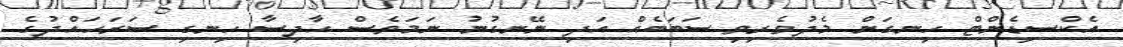
އެކްސިޑެންޓް ހިނގަން މެދުވެރިވި ސަބަބެއް އަދި ނޭނގުނު ނަމަވެސް ހާދިސާ ހިނގި ސަރަހައްދުގެ